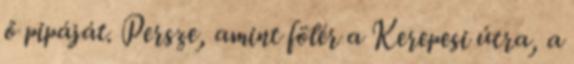
ő pipáját. Persze, amint fölér a Kerepesi útra, a